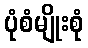
ပုံစံမျိုးစုံ